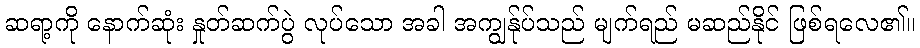
ဆရာ့ကို နောက်ဆုံး နှုတ်ဆက်ပွဲ လုပ်သော အခါ အကျွန်ုပ်သည် မျက်ရည် မဆည်နိုင် ဖြစ်ရလေ၏။